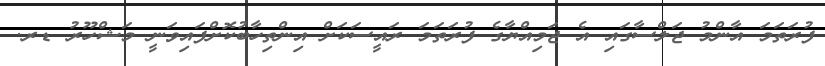
ފުރަތަމަ އާންމު ޖަލްސާގައި އެ ޖަމިއްޔާގެ ފުރަތަމަ ރައީސަކަށް އިންތިހާބުކޮށްފައިވަނީ މަޝްހޫރު ޑރ.